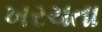
ખરચતા